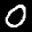
Label: 0